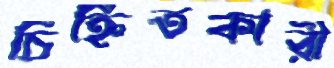
চিহ্নিতকারী